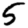
Digit: 5